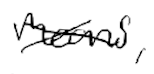
Text: means,
Cross-out: cross
Writing tool: digital_black